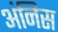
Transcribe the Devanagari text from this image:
अंनिस